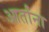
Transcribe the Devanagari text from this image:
आर्तांना